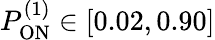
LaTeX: P_{\mathrm{ON}}^{(1)}\in[0.02,0.90]